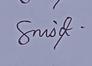
Signature authenticity: genuine